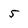
Character: 5